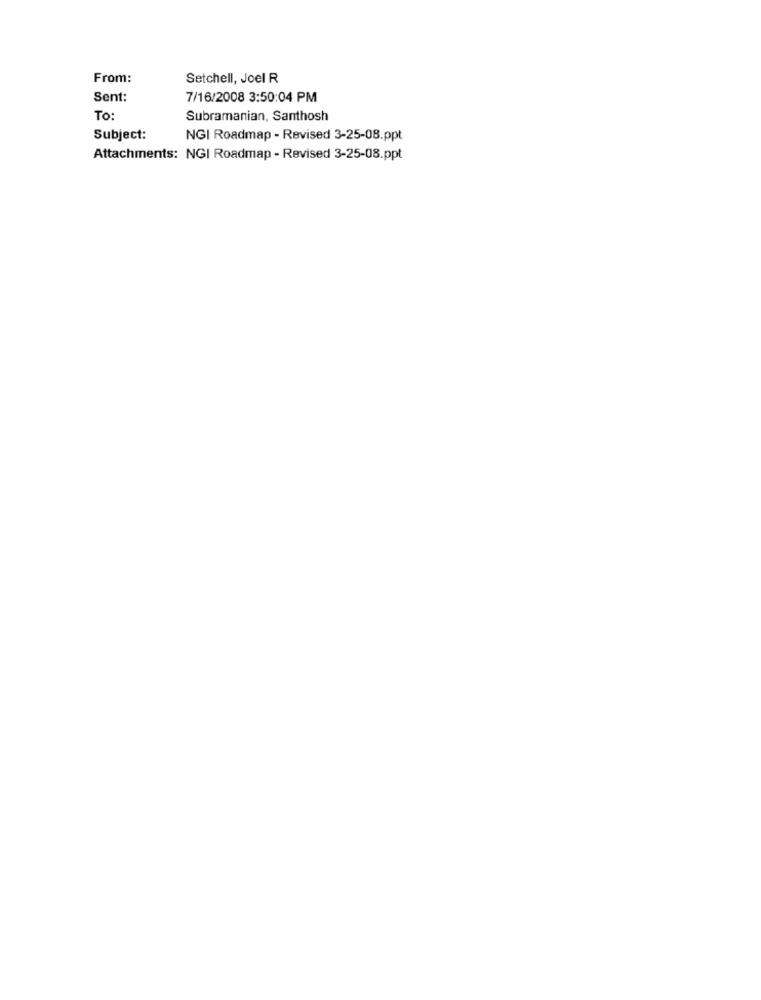
From:
Setchell, Joel R
Sent:
7/16/2008 3:50:04 PM
To:
Subramanian, Santhosh
Subject:
NGI Roadmap - Revised 3-25-08.ppt
Attachments: NGI Roadmap - Revised 3-25-08.ppt